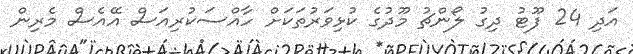
އަދި 24 ފޫޓު ދިގު ލޯންޗު މޫދުގެ ކުޅިވަރުތަކަށް ހާއްސަކުރިއަސް އޭއެސް މެރިން